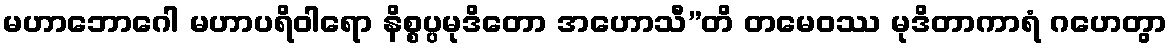
မဟာဘောဂေါ မဟာပရိဝါရော နိစ္စပ္ပမုဒိတော အဟောသီ”တိ တမေဝဿ မုဒိတာကာရံ ဂဟေတွာ